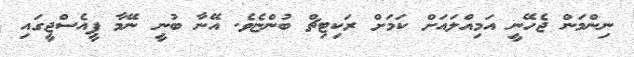
ނިންމަން ޖެހޭނީ އަމިއްލައަށް ކަމަށް ރަކިޓިޗް ބުންޏެވެ. އޭނާ ބުނީ ނޭމާ ޕީއެސްޖީގައި